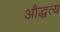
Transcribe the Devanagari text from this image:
औद्धत्य